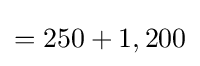
=250+1,200